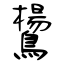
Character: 鸉